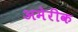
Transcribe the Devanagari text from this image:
अमेरीक